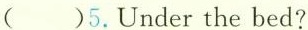
( )5.Under the bed?